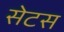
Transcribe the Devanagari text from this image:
सेटस